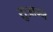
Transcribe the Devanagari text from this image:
सुआग्म